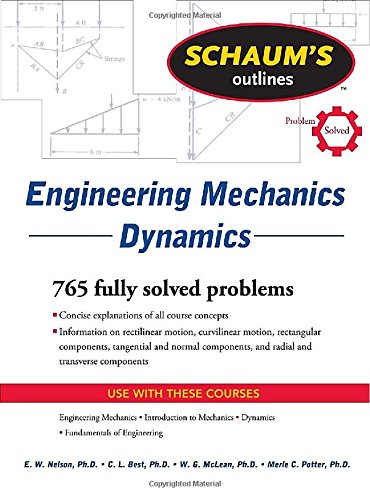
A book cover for Schaum's Outline of Engineering Mechanics Dynamics (Schaum's Outlines); E. Nelson; Science & Math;